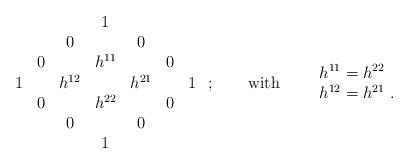
LaTeX: \begin{align*}\begin{array}{ccccccc} & & & 1 & & & \\ & &0 & & 0 & & \\ &0& &h^{11}& & 0& \\1& &h^{12}& &h^{21}&&1\\ &0& &h^{22}& & 0& \\ & &0 & & 0 & & \\ & & & 1 & & &\end{array}\ ;\qquad\mbox{with}\qquad \begin{array}{l}h^{11}=h^{22}\\h^{12}=h^{21}\ .\end{array}\end{align*}